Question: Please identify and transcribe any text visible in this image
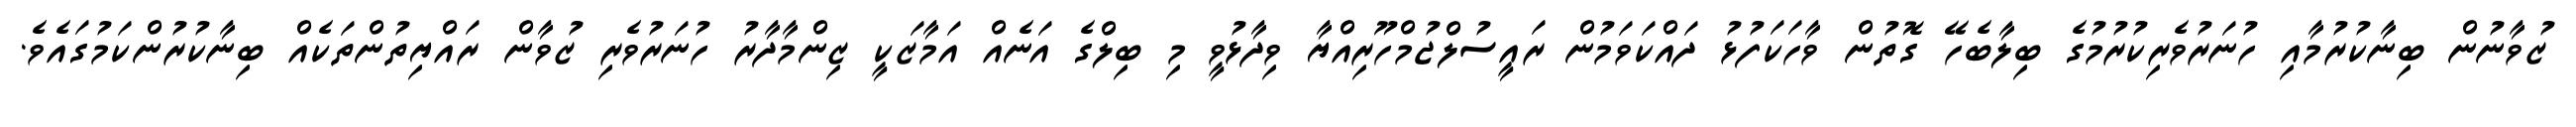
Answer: ޒުވާނުން ބިނާކުރުމާއި ހުނަރުވެރިކުރުމުގެ ބިލާބެހޭ ގޮތުން ވާހަކަފުޅު ދައްކަވަމުން ރައީސުލްޖުމްހޫރިއްޔާ ވިދާޅުވީ މި ބިލްގެ އަނެއް އަމާޒަކީ ޒިންމާދާރު ހުނަރުވެރި ޒުވާން ރައްޔިތުންތަކެއް ބިނާކުރުންކަމުގައެވެ.